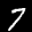
Label: 7